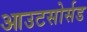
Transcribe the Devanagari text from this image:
आउटसोर्सड